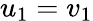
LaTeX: u_{1}=v_{1}